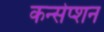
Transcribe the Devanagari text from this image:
कन्सेप्शन